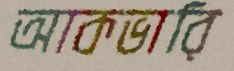
আকভারি